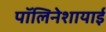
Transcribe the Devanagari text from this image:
पॉलिनेशायाई